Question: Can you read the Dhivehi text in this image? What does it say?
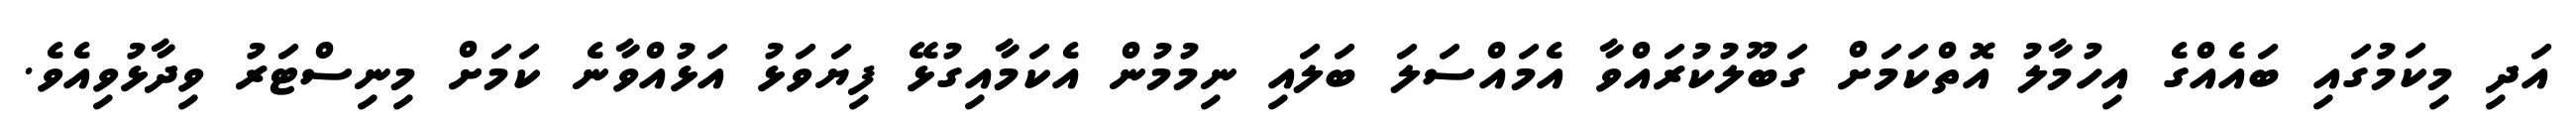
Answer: އަދި މިކަމުގައި ބައެއްގެ އިހުމާލު އޮތްކަމަށް ގަބޫލުކުރައްވާ އެމައްސަލަ ބަލައި ނިމުމުން އެކަމާއިގުޅޭ ފިޔަވަޅު އަޅުއްވާނެ ކަމަށް މިނިސްޓަރު ވިދާޅުވިއެވެ.